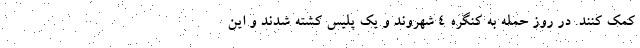
کمک کنند. در روز حمله به کنگره 4 شهروند و یک پلیس کشته شدند و این